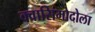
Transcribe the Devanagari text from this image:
क्वासिमोदोला